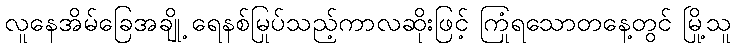
လူနေအိမ်ခြေအချို့ ရေနစ်မြုပ်သည့်ကာလဆိုးဖြင့် ကြုံရသောတနေ့တွင် မြို့သူ